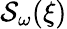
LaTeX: \mathcal{S}_{\omega}(\xi)